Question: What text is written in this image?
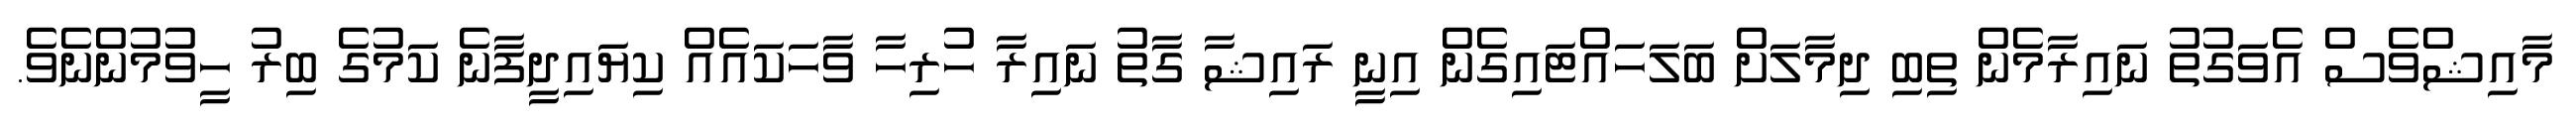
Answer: މާއިޝްވެސް އެވަގުތު ނައިރާމެން ތިބި ދިމާލަށް ބަލަހައްޓައިގެން އިނީ ރައިޝާ ގާތު ނައިރާ ހުރިހާ ވާހަކައެއް ކިޔައިދީފާނެ ކަމުގެ ބިރު ހީވުމުންނެވެ.